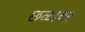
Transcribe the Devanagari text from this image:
छळावर